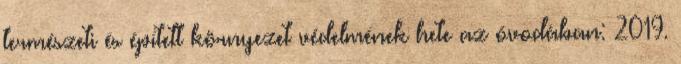
természeti és épített környezet védelmének hete az óvodában: 2019.